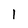
Character: l